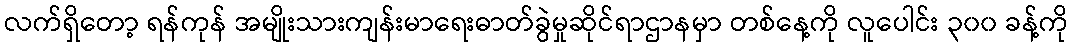
လက်ရှိတော့ ရန်ကုန် အမျိုးသားကျန်းမာရေးဓာတ်ခွဲမှုဆိုင်ရာဌာနမှာ တစ်နေ့ကို လူပေါင်း ၃၀၀ ခန့်ကို